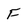
Character: F